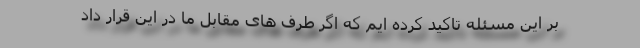
بر این مسئله تاکید کرده ایم که اگر طرف های مقابل ما در این قرار داد